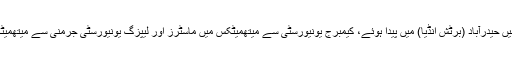
ڈاکٹر محمد رضی الدین صدیقی 1908 میں حیدرآباد (برٹش انڈیا) میں پیدا ہوئے، کیمبرج یونیورسٹی سے میتھمیٹکس میں ماسٹرز اور لیپزگ یونیورسٹی جرمنی سے میتھمیٹکس اور کوانٹم فزکس میں پی ایچ ڈی کیا۔